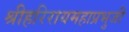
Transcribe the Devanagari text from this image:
श्रीहरिरायमहाप्रभुजी